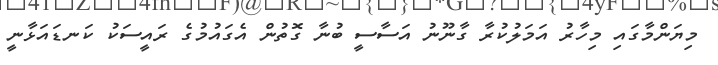
މިޔަންމާގައި މިހާރު އަމަލުކުރާ ގާނޫނު އަސާސީ ބުނާ ގޮތުން އެގައުމުގެ ރައީސަކު ކަނޑައަޅާނީ